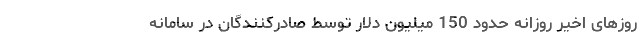
روزهای اخیر روزانه حدود 150 میلیون دلار توسط صادرکنندگان در سامانه